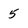
Character: 5